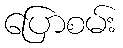
ပြောစမ်း